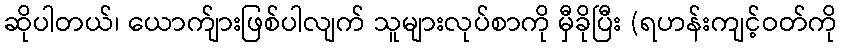
ဆိုပါတယ်၊ ယောက်ျားဖြစ်ပါလျက် သူများလုပ်စာကို မှီခိုပြီး (ရဟန်းကျင့်ဝတ်ကို